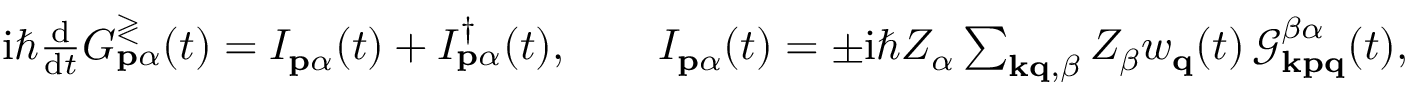
\begin{array} { r } { \mathrm { i } \hbar \frac { \mathrm { d } } { \mathrm { d } t } G _ { \mathbf { p } \alpha } ^ { \gtrless } ( t ) = I _ { \mathbf { p } \alpha } ( t ) + I _ { \mathbf { p } \alpha } ^ { \dagger } ( t ) , \qquad I _ { \mathbf { p } \alpha } ( t ) = \pm \mathrm { i } \hbar Z _ { \alpha } \sum _ { \mathbf { k q } , \beta } Z _ { \beta } w _ { \mathbf { q } } ( t ) \, \mathcal { G } _ { \mathbf { k p q } } ^ { \beta \alpha } ( t ) , } \end{array}